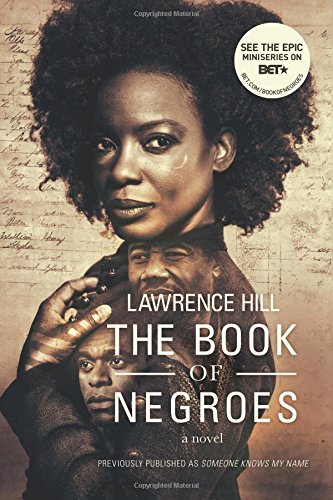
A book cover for The Book of Negroes: A Novel (Movie Tie-in Edition)  (Movie Tie-in Editions); Lawrence Hill; Literature & Fiction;